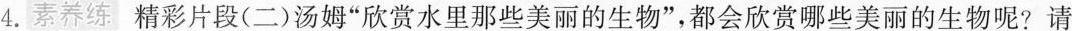
4.素养练 精彩片段(二)汤姆”欣赏水里那些美丽的生物”，都会欣赏哪些美丽的生物呢?请